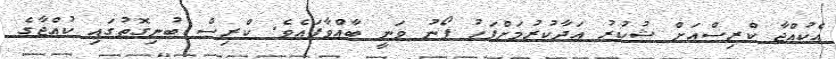
އެކުއްޖާ ކްރިސްއަށް ޝުކުރު އަދާކުރުމަށްފަހު ފޯނު ވަނީ ބާއްވާފައެވެ. ކްރިސް ބުނިގޮތުގައި ކުއްޖާގެ